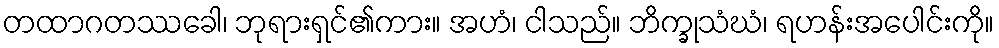
တထာဂတဿခေါ၊ ဘုရားရှင်၏ကား။ အဟံ၊ ငါသည်။ ဘိက္ခုသံဃံ၊ ရဟန်းအပေါင်းကို။